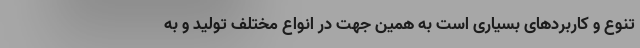
تنوع و کاربردهای بسیاری است به همین جهت در انواع مختلف تولید و به